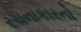
રચનાકારનો